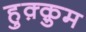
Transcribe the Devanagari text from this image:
हुक़्क़ुम